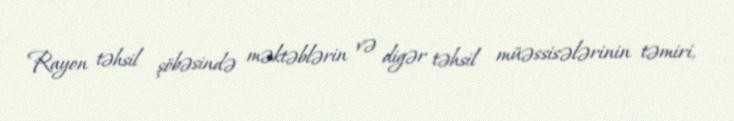
Rayon təhsil şöbəsində məktəblərin və digər təhsil müəssisələrinin təmiri,